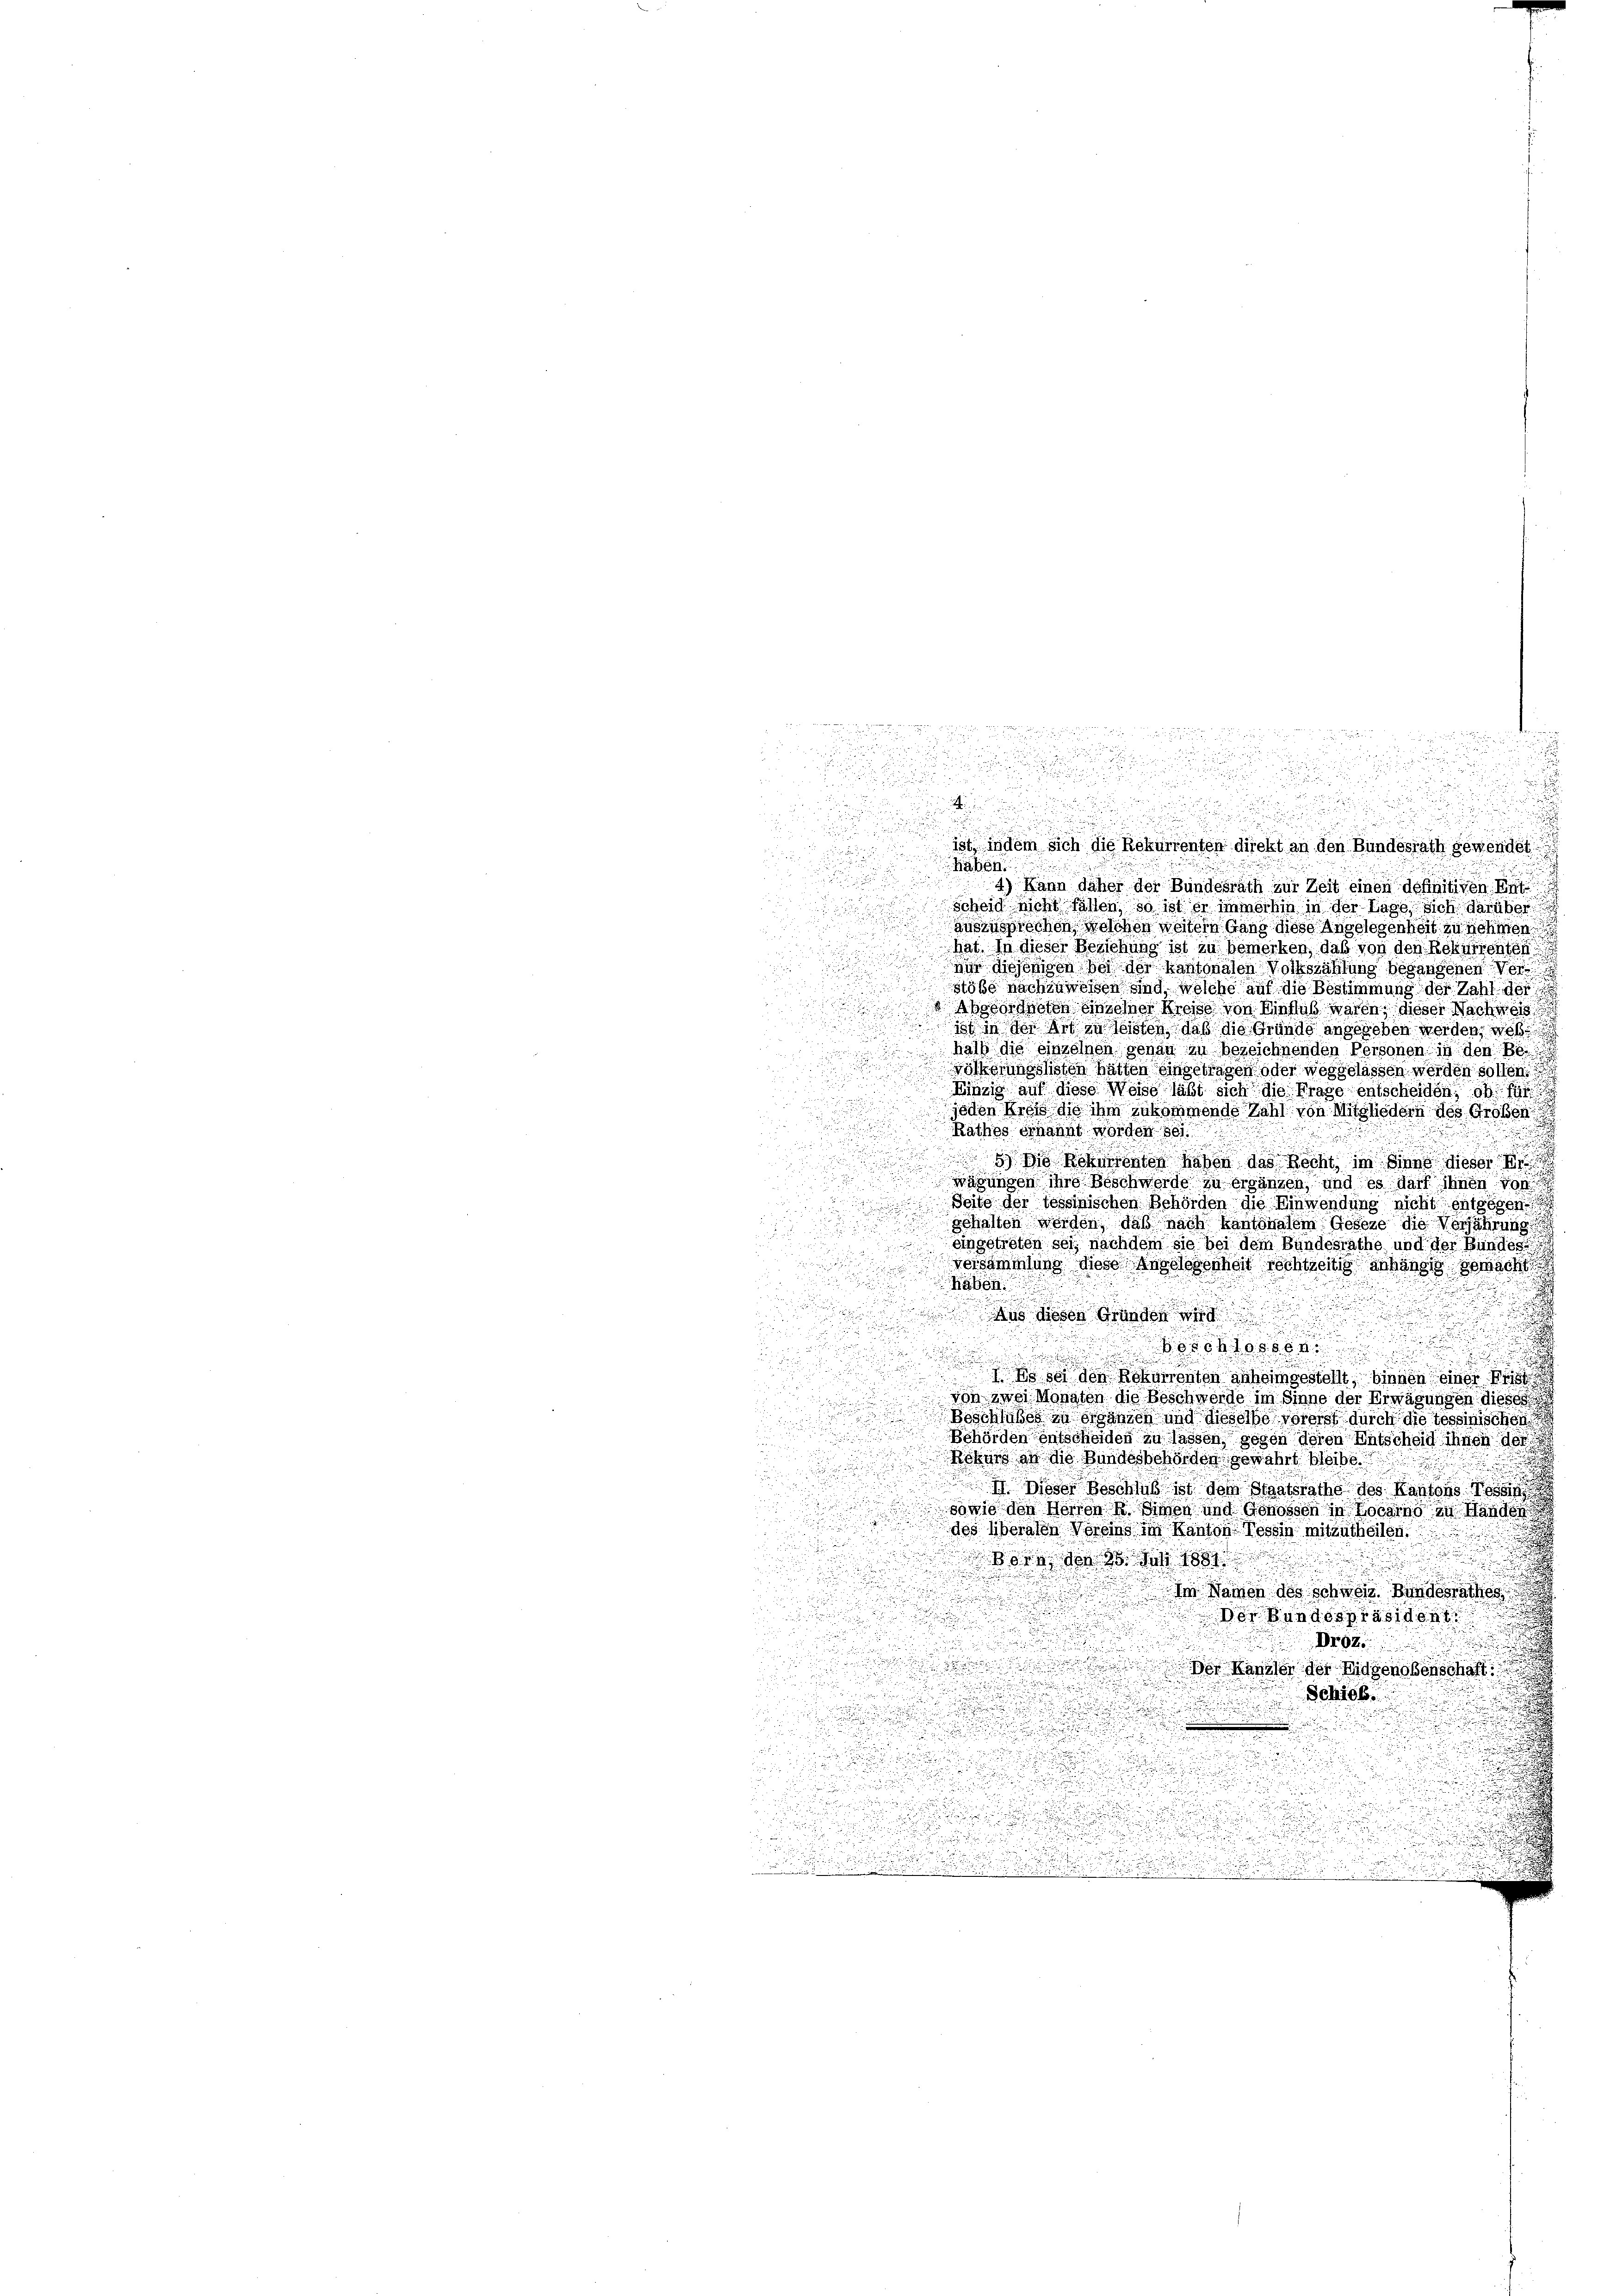
2

r
u

e

u
.
i
 u

.

ist, indem sich die Rekurrenten direkt an den Bundesrath gewendet

Bäben

4) Kann daher der Bundesrath zur Zeit einen definitiven Rat
u

scheid nicht fällen, so ist er immerhin in der Lage sich darüber

auszusprechen welches weitern Gang diese Angelegenheit zu nehmen.
n

hat. In dieser Beziehung ist zu bemerken, daß von den Rekurrenten

s
vir diejenigen bei der Kantonalen Volkszählung begangenen Ver¬

stöße nachzuweisen sind, welche auf die Bestimmung der Zahl der
ocoseten einzelner Kreise von Winklub waren, dieser Nachweis

ist in der Art in Wissen, daß die Gründe angegeben werden, wel
hals die einzelnen genau zu bezeichnenden Personen in den Be

vorkomneslisten hätten eingetragen oder weggelassen werden sollen.
Kinzig auf diese Weise läßt sich die Frage entscheiden, ob si
d
u
jeden Kreis die ihm zukommende Zahl von Mitgliedern des Großen
u

Rathes erkannt worden 801

.
s konnten haben das Recht, im Sinne dieser

wägungen ihre Beschwerde zu ergänzen, und es darf ihnen 10
Seite der Tessinischen Behörden die Einwendung nicht entgegen
u
gehalten worden, daß nach kantonalem Geseze die Verjährung
n
.
eingetreten sei, nachdem sie bei dem Bundesrathe und der Bundes
versammlung diese Angelegenheit rechtzeitig anhängig gemacht
Raben:
u

Aus diesen Gründen wird
u

u

d
.
1 Es sei den Rekurrenten anheimgestellt, binnen einer

von zwei Monaten die Beschwerde im Sinne der Erwägungen diese
.
Beschlußes in einsen und dieselbe vorerst durch die tessinischen
Behörden entscheiden zu lassen, gegen deren Entscheid ihnen der

Rokars an die Bundesbehörden gewährt bleibe

d
 Dieser Beschluß ist dem Staatsrathe des Kantons
sowie den Notion einen und Genossen in Locarno zu Handen
des überaten Vereins im Kanton Tessin mitzutheilen.
.
n
g
korn, den 28 des 1881
 im Namen des schweiz. Bundesrathes

d
.
.
n
Von Bundespräside

 zu g
r

.
.

Der Kanzler der Eidgenoßenschaft

.

d
Schieb

d

r
d
8

u

.
u
.
.

n